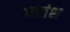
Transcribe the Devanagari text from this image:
पदांश